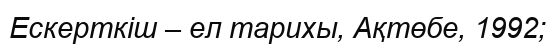
Ескерткіш – ел тарихы, Ақтөбе, 1992;